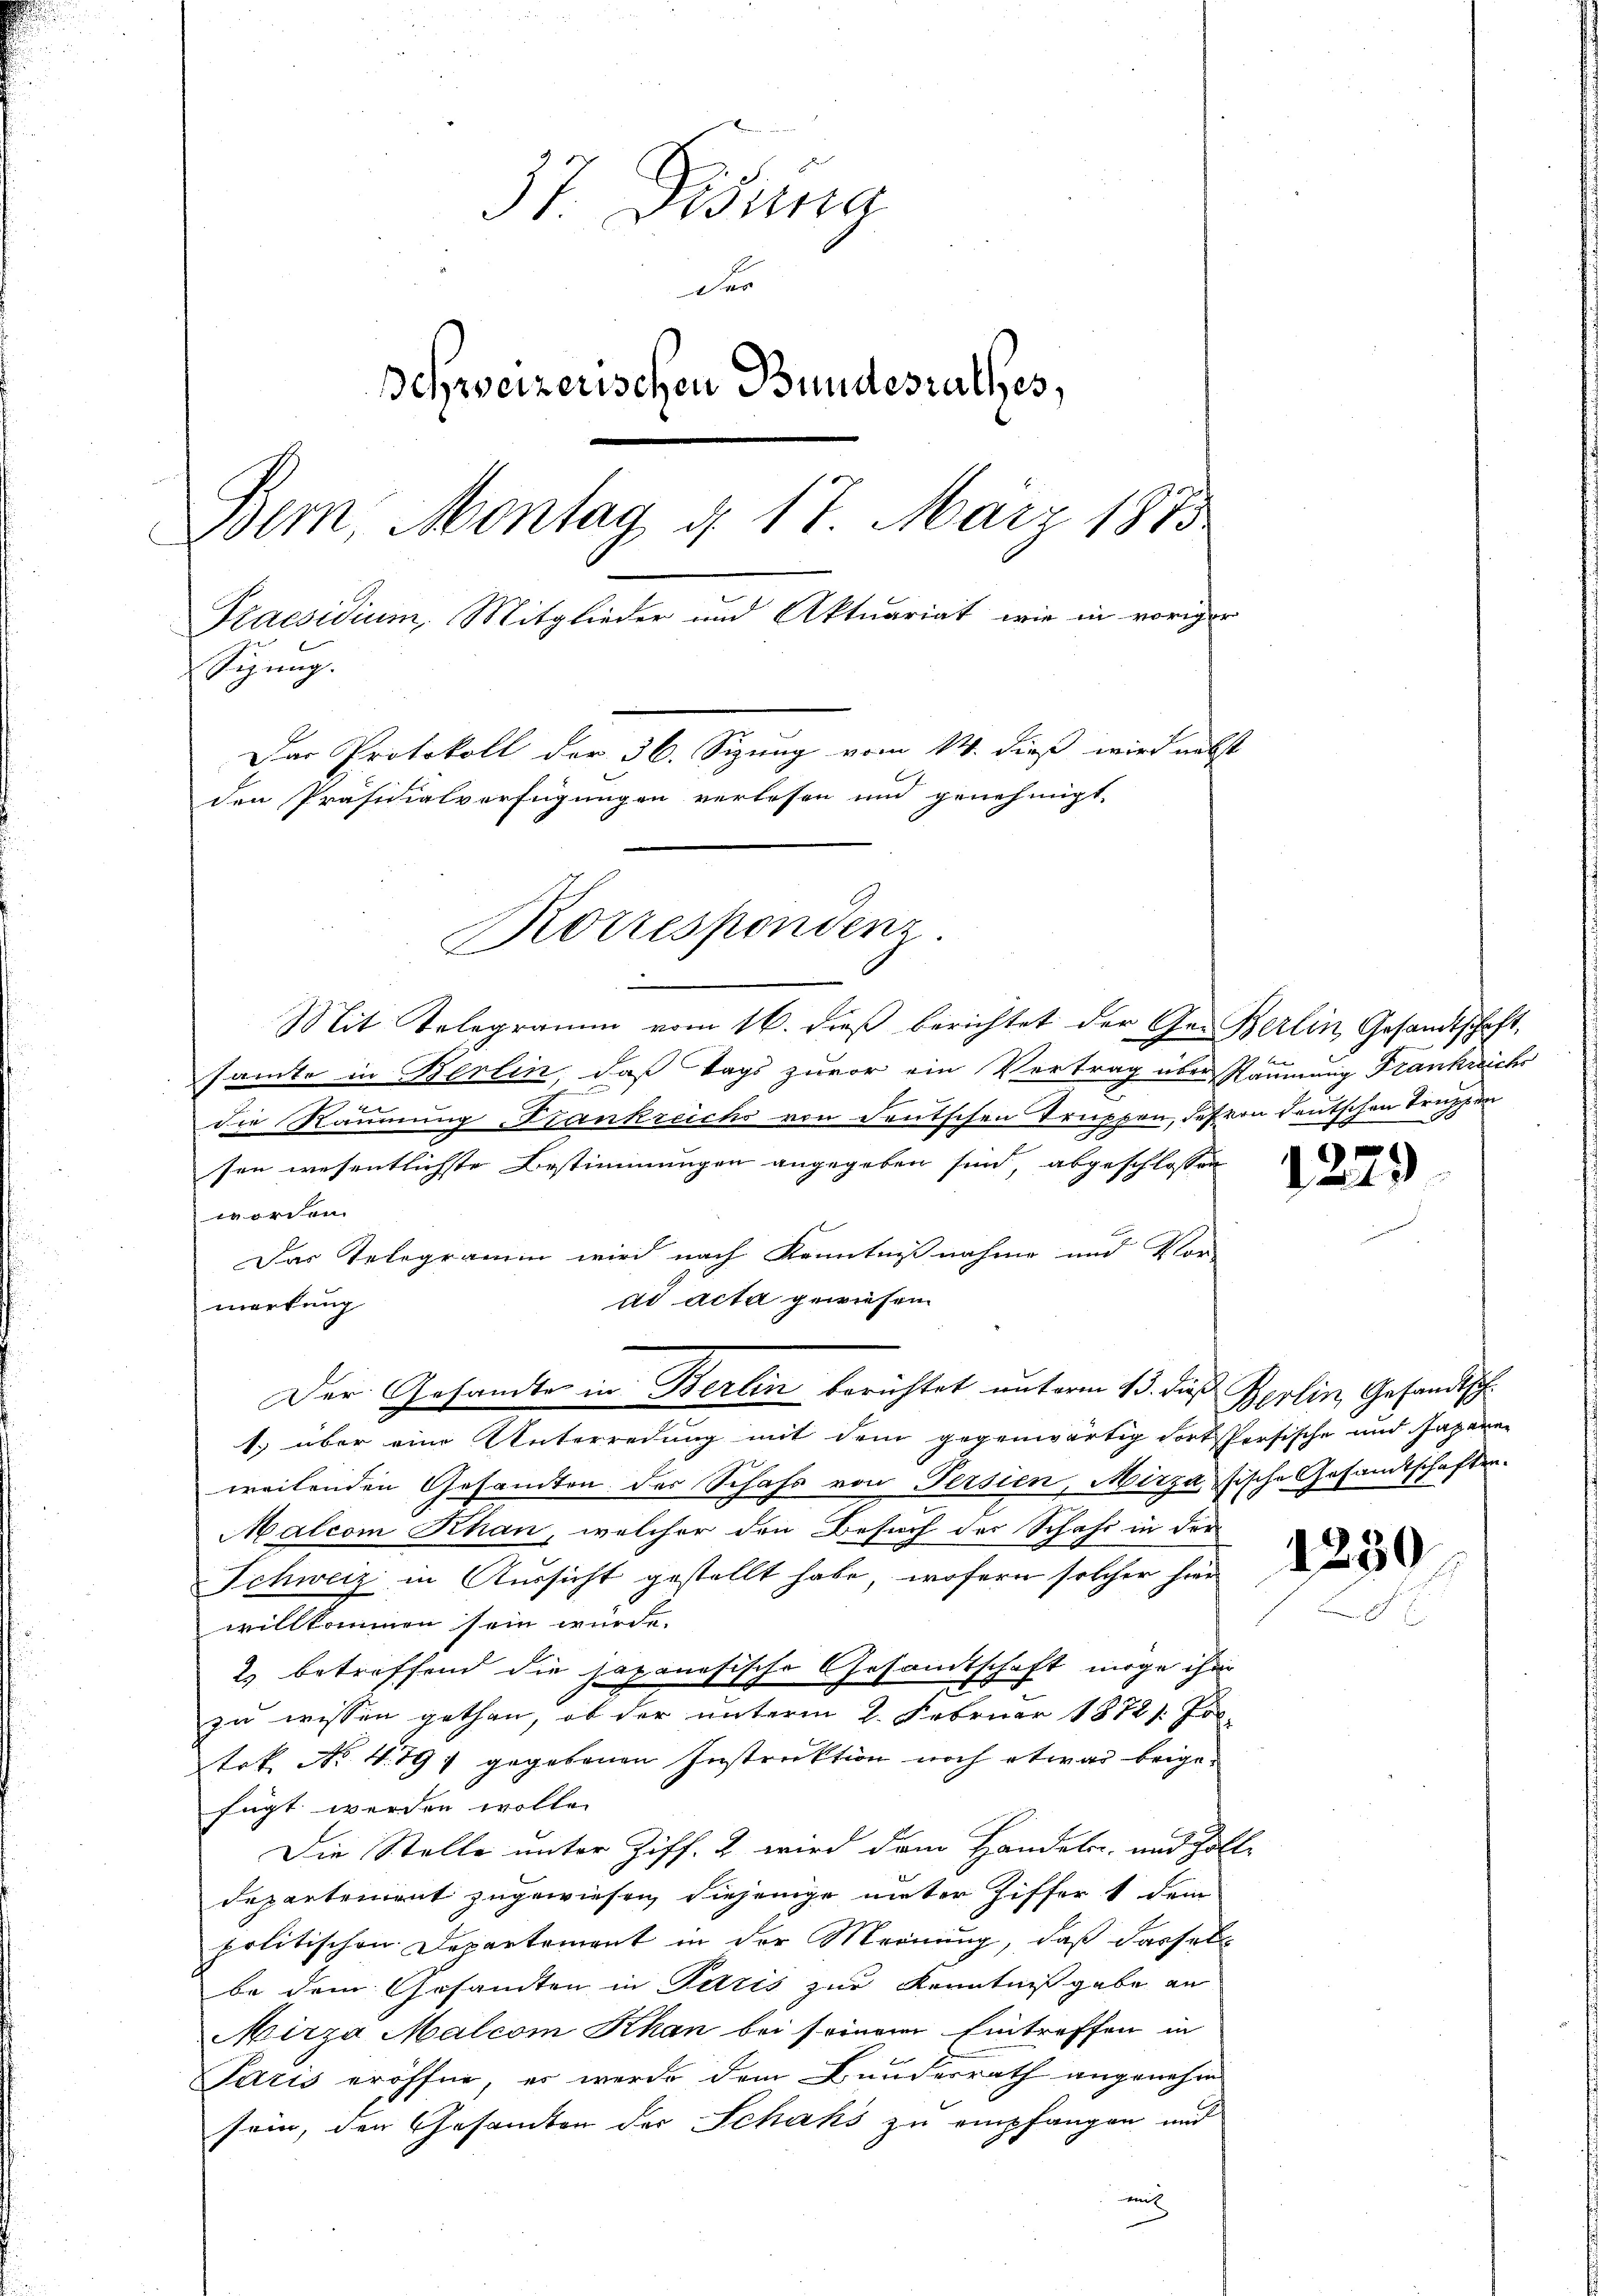
37. Disena
Der
Schweizerischen Bundesrathes,
Bern, Montag d. 17. März 1873
Praesidium, Mitglieder und Aktuariat, wie in voriger
Sigung.
Der Protokoll der 36. Sizung vom 14. dieß wird nebst
den Präsidialverfügungen verlesen und genehmigt.
Korrespondenz.

Der Gesandte in Berlin berichtet unterm 13. dieß Berlin, Gesandtsch
1.) über eine Unterredung mit dem gegenwärtig dort Persische und Japanen

Mit Telegramm vom 16. dieß berichtet der Ge- Berlin, Gesandtschaft,
samte in Berlin, daß Tags zuvor ein Vertrag über Räumung Frankreichs
die Räumung Frankreichs von deutschen Truppen, des von deutschen Truppen
sen wesentlichste Bestimmungen angegeben sind, abgeschlossen
worden.
Das Telegramm wird nach Kenntnißnahme und Vor-
ad acta gewiesen
markung
weilenden Gesandten der Schafs von Persien, Mizza Fische Gesandtschaften.
Malcom Khan, welcher den Besuch des Schaft in der
Schweiz in Aussicht gestellt habe, wofern solcher hier
willkommen sein würde.
2) betreffend die japanesische Gesamtschaft möge ihm
zu wissen gethan, ob der unterm 2. Februar 1872: Jos.
trk. No. 4. 191 gegebenen Instruktion noch etwas beigefügt werden wolle. |
Die Stelle unter Ziff. 2 wird dem Handels- und Zolle
departement zugewiesen diejenige unter Ziffer 1 dem
politischen Departement in der Meinung, daß dassel
be dem Gesandten in Paris zur Kenntnißgabe an
Mirza Malcom Khan bei seinem Eintreffen in
Paris eröffne, es werde dem Bundesrath angenehm
sein, den Gesamten der Schaks zu empfangen und
m

be

1279)

1250